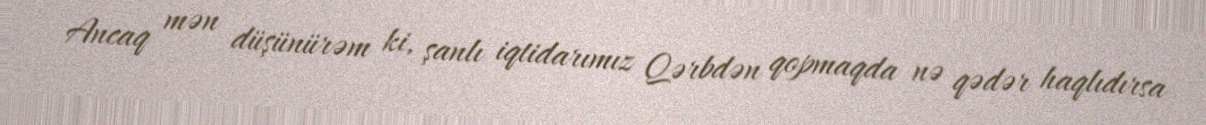
Ancaq mən düşünürəm ki, şanlı iqtidarımız Qərbdən qopmaqda nə qədər haqlıdırsa